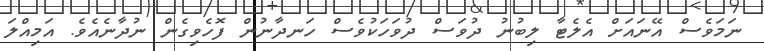
ނަމަވެސް އޭނައަށް އެލެޓާ ލިބުނު ދުވަސް ދުވަހަކުވެސް ހަނދާނުން ފޮހެވިގެން ނުދާނެއެވެ. އަމިއްލަ